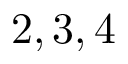
2 , 3 , 4